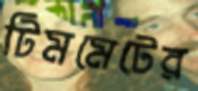
টিমমেটের